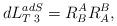
LaTeX: \begin{align*}dL^{adS}_{T\;3}= R^A_B R^B_A, \end{align*}